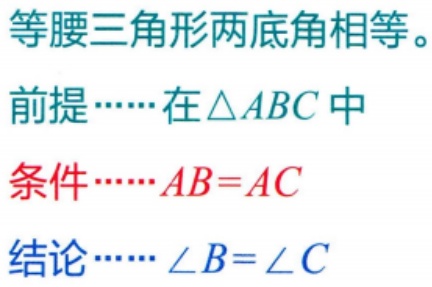
等腰三角形两底角相等。

前提……在\(\triangle ABC\)中

条件……\(AB = AC\)

结论……\(\angle B=\angle C\)